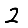
Digit: 2